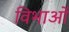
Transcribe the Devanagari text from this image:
विभाओं